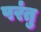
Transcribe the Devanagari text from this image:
पर॑तु